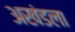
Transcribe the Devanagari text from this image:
अखंडला